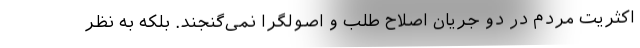
اکثریت مردم در دو جریان اصلاح طلب و اصولگرا نمی‌گنجند. بلکه به نظر